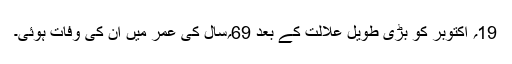
19؍ اکتوبر کو بڑی طویل علالت کے بعد 69؍سال کی عمر میں ان کی وفات ہوئی۔